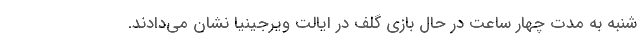
شنبه به مدت چهار ساعت در حال بازی گلف در ایالت ویرجینیا نشان می‌دادند.